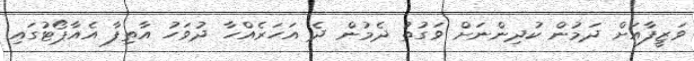
ވަޒީފާއަށް ދަމުން ކުދިންނަށް ވަގުތު ދެމުން ދެ އަހަރެއްހާ ދުވަހު އާތިފާ އެއާޕޯޓުގައި